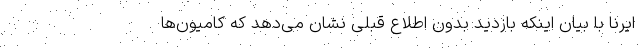
ایرنا با بیان اینکه بازدید بدون اطلاع قبلی نشان می‌دهد که کامیون‌ها